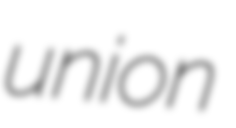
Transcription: union